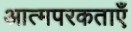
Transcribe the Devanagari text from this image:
आत्मपरकताएँ